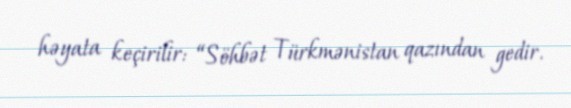
həyata keçirilir: “Söhbət Türkmənistan qazından gedir.